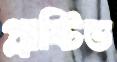
প্লাষ্টিড